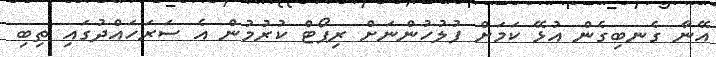
އޭނާ ގެނބިގެން އުޅޭ ކަމަށް ފުލުހުންނަށް ރިޕޯޓް ކުރުމުން އެ ސަރަހައްދުގައި ތިބި